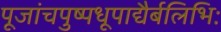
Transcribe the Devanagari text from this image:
पूजांचपुष्पधूपाद्यैर्बलिभिः